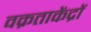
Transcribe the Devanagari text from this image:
वक्रताकेंद्रों